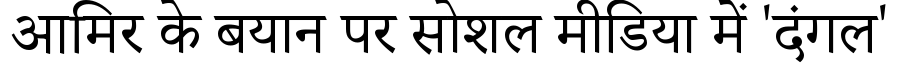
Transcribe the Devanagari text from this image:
आमिर के बयान पर सोशल मीडिया में 'दंगल'